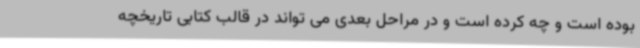
بوده است و چه کرده است و در مراحل بعدی می تواند در قالب کتابی تاریخچه